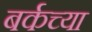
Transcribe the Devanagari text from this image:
बर्कच्या